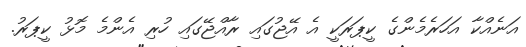
އަނެއްކާ އަހަރެމެންގެ ކީޕަރަކީ އެ އޭޖުގައި ރާއްޖޭގައި ހުރި އެންމެ މޮޅު ކީޕަރު.